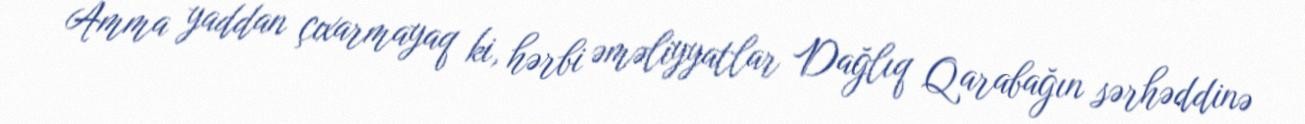
Amma yaddan çıxarmayaq ki, hərbi əməliyyatlar Dağlıq Qarabağın sərhəddinə